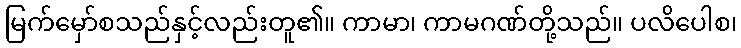
မြက်မှော်စသည်နှင့်လည်းတူ၏။ ကာမာ၊ ကာမဂဏ်တို့သည်။ ပလိပေါစ၊